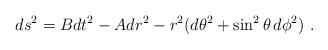
LaTeX: \begin{align*}ds^2 = B dt^2 - A dr^2 - r^2 (d\theta^2 + \sin^2 \theta\, d\phi^2)\ .\end{align*}